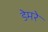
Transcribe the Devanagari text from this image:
डेमरे